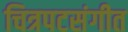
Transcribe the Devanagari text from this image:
चित्रपटसंगीत